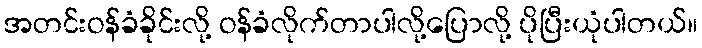
အတင်းဝန်ခံခိုင်းလို့ ဝန်ခံလိုက်တာပါလို့ပြောလို့ ပိုပြီးယုံပါတယ်။